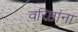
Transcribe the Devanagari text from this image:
वरिष्ठांना